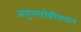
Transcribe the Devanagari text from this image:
अनुगच्छेन्नीयमानं